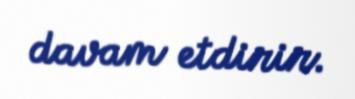
davam etdirir.